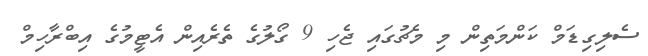
ސެލިގިޑަމް ކަންމަތިން މި މެޗުގައި ޖެހި 9 ގޯލުގެ ތެރެއިން އެޓީމުގެ އިބްރާހިމް